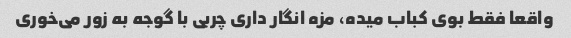
واقعا فقط بوی کباب میده، مزه انگار داری چربی با گوجه به زور می‌خوری